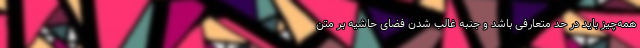
همه‌چیز باید در حد متعارفی باشد و جنبه غالب شدن فضای حاشیه بر متن